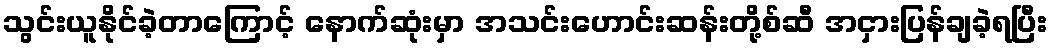
သွင်းယူနိုင်ခဲ့တာကြောင့် နောက်ဆုံးမှာ အသင်းဟောင်းဆန်းတို့စ်ဆီ အငှားပြန်ချခဲ့ရပြီး